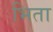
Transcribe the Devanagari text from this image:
भिता